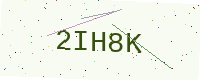
Text: 2IH8K